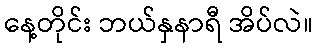
နေ့တိုင်း ဘယ်နှနာရီ အိပ်လဲ။